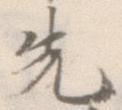
先